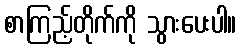
စာကြည့်တိုက်ကို သွားပေးပါ။